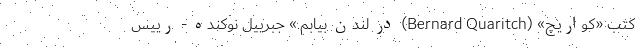
کتب «کواریچ» (Bernard Quaritch) در لندن بیابم.» جبرییل نوکنده - رییس